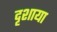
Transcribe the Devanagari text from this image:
दृशाया